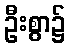
ဦးစွာ၌